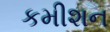
કમીશન